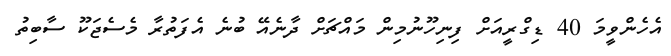
އެހެންވީމަ 40 ޑިގްރީއަށް ފިނިހޫނުމިން މައްޗަށް ދާނެއޭ ބުނެ އެފަތުރާ މެސެޖަކޫ ސާބިތު